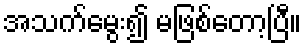
အသက်မွေး၍ မဖြစ်တော့ပြီ။